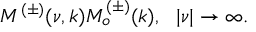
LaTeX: M ^ { ( \pm ) } ( \nu , k ) M _ { o } ^ { ( \pm ) } ( k ) , ~ ~ | \nu | \rightarrow \infty .